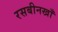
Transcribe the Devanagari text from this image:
रसबीनखाँ